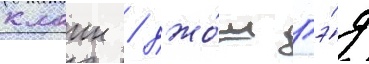
клаин / джо́ш гэ́д